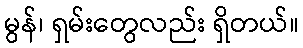
မွန်၊ ရှမ်းတွေလည်း ရှိတယ်။